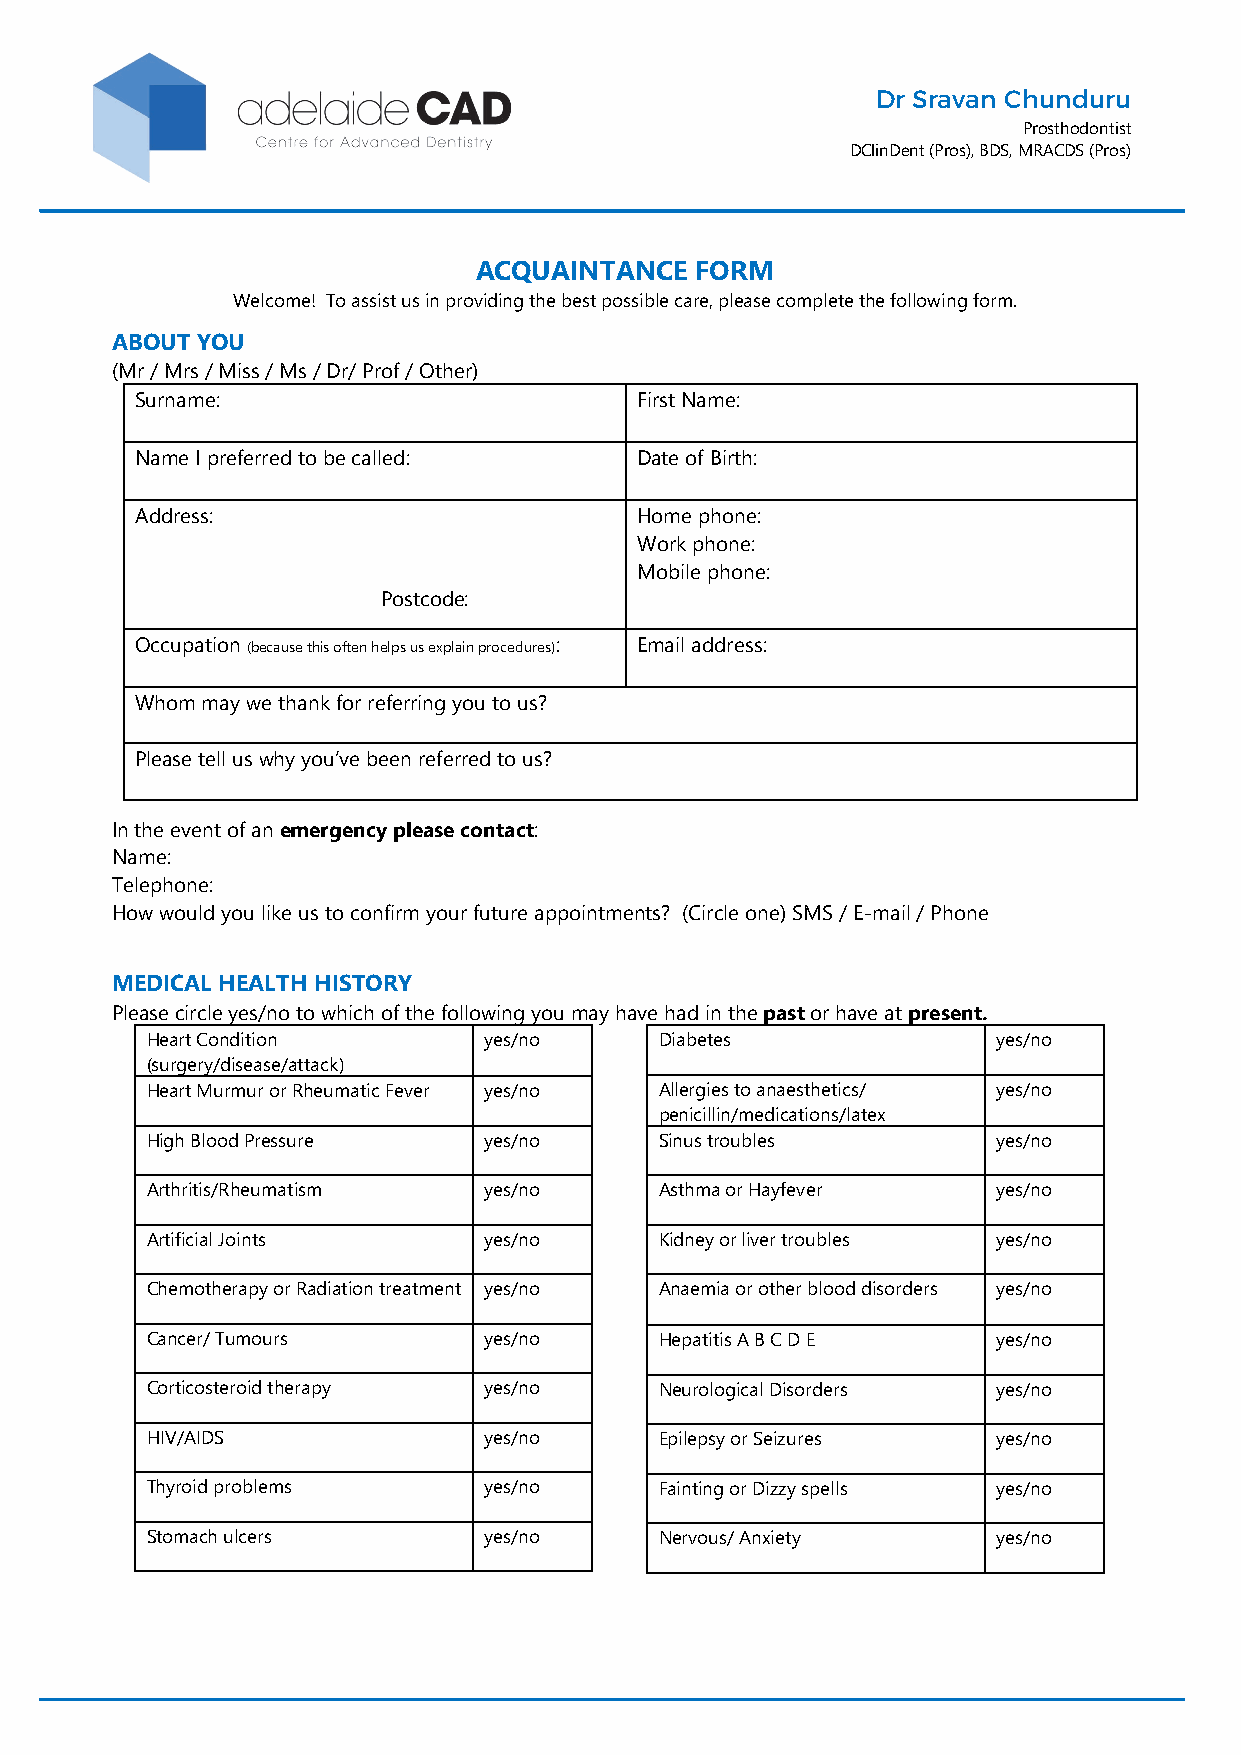
Dr Sravan Chunduru
 Prosthodontist
 DClinDent (Pros), BDS, MRACDS (Pros)
 ACQUAINTANCE   FORM
 Welcome! To assist us in providing the best possible care, please complete the following form.
 ABOUT YOU
 (Mr / Mrs / Miss / Ms / Dr/ Prof / Other)
 Surname:                         First Name:
 Name I preferred to be called:   Date of Birth:
 Address:                         Home phone:
 Work phone:
 Mobile phone:
 Postcode:
 Occupation (because this often helps us explain procedures): Email address:
 Whom may we thank for referring you to us?
 Please tell us why you’ve been referred to us?
 In the event of an emergency please contact:
 Name:
 Telephone:
 How would you like us to confirm your future appointments? (Circle one) SMS / E-mail / Phone
 MEDICAL HEALTH HISTORY
 Please circle yes/no to which of the following you may have had in the past or have at present.
 Heart Condition       yes/no      Diabetes              yes/no
 (surgery/disease/attack)
 Heart Murmur or Rheumatic Fever yes/no Allergies to anaesthetics/ yes/no
 penicillin/medications/latex
 High Blood Pressure   yes/no      Sinus troubles        yes/no
 Arthritis/Rheumatism  yes/no      Asthma or Hayfever    yes/no
 Artificial Joints     yes/no      Kidney or liver troubles yes/no
 Chemotherapy or Radiation treatment yes/no Anaemia or other blood disorders yes/no
 Cancer/ Tumours       yes/no      Hepatitis A B C D E   yes/no
 Corticosteroid therapy yes/no     Neurological Disorders yes/no
 HIV/AIDS              yes/no      Epilepsy or Seizures  yes/no
 Thyroid problems      yes/no      Fainting or Dizzy spells yes/no
 Stomach ulcers        yes/no      Nervous/ Anxiety      yes/no